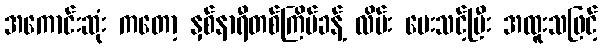
အကောင်းဆုံး ကတော့ နှစ်နာရီတစ်ကြိမ်ခန့် လိမ်း ပေးသင့်ပြီး အထူးသဖြင့်